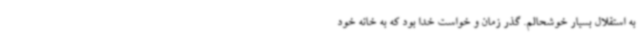
به استقلال بسیار خوشحالم. گذر زمان و خواست خدا بود که به خانه خود